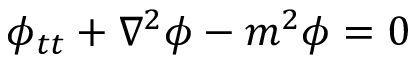
\phi _ { t t } + \nabla ^ { 2 } \phi - m ^ { 2 } \phi = 0